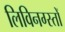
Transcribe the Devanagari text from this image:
लिविनग्स्तों